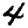
Digit: 4